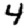
Digit: 4